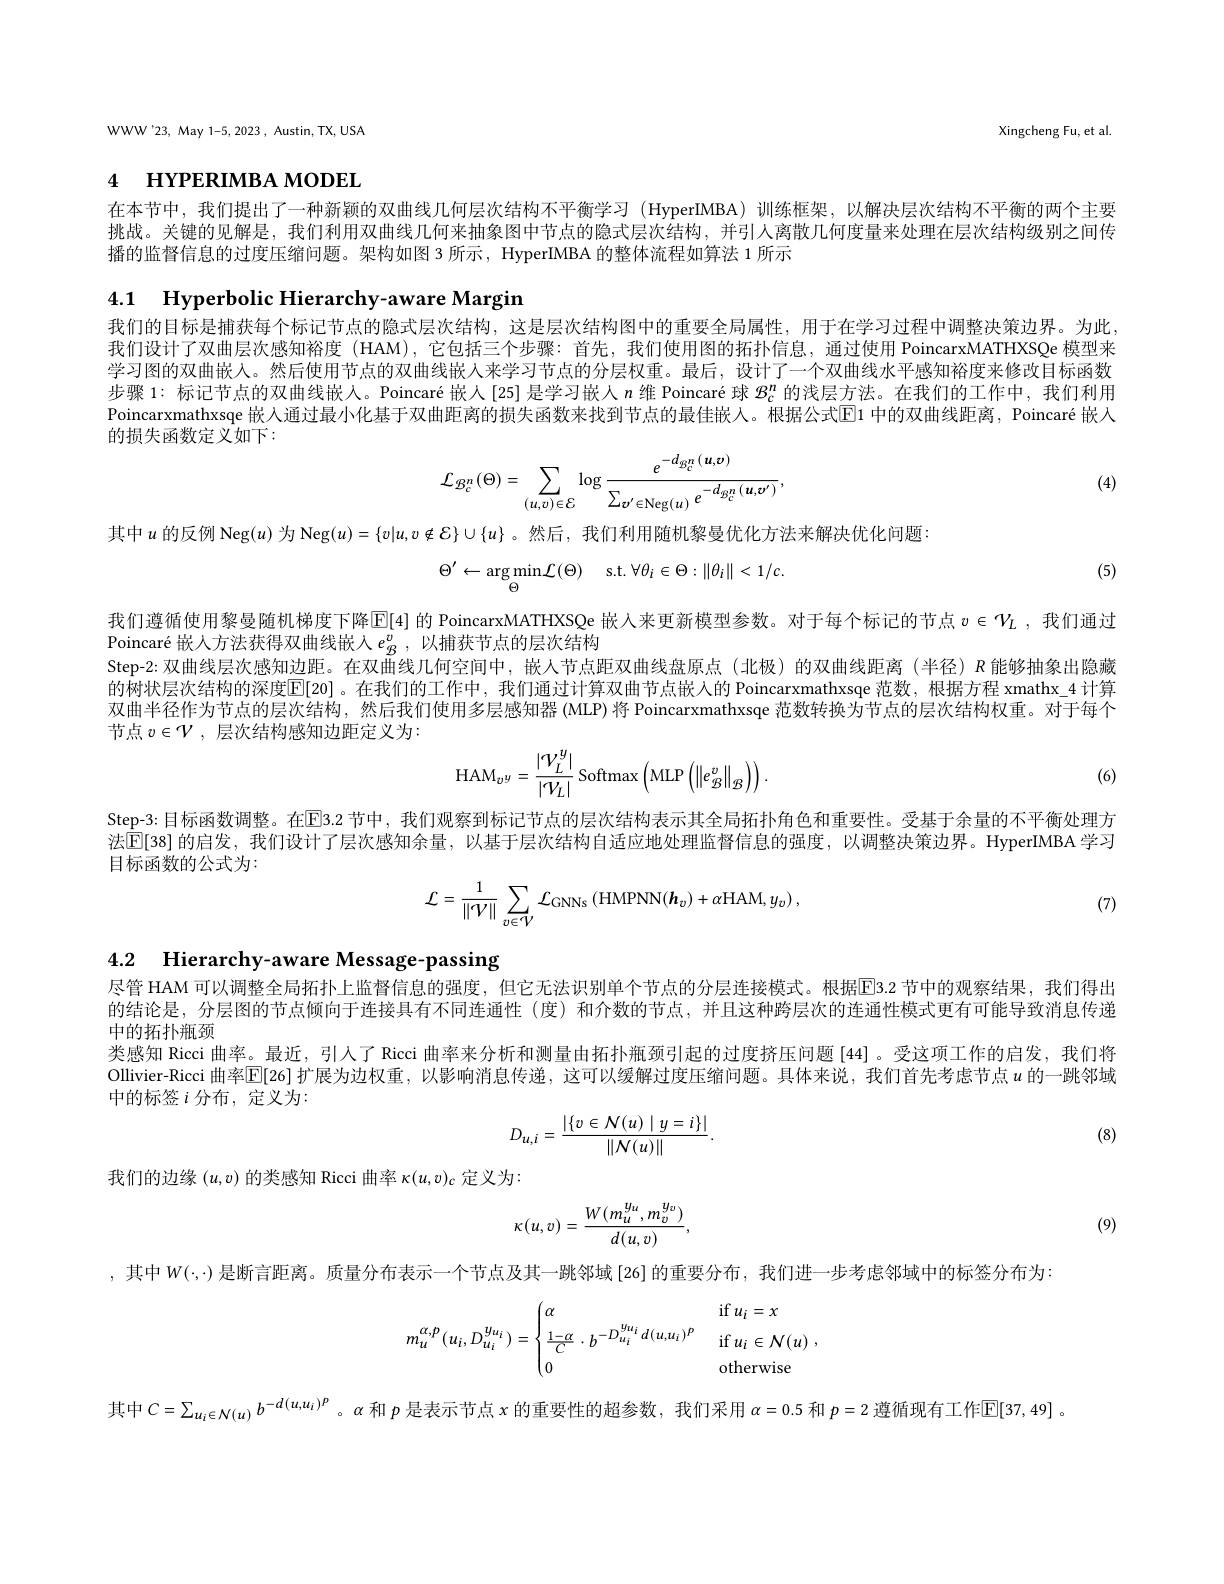
WWW'23, May 1-5, 2023, Austin, TX, USA

Xingcheng Fu, et al.

# 4 нүРЕRIМВА морЕL

在本节中，我们提出了一种新颖的双曲线几何层次结构不平衡学习(HyperIMBA)训练框架，以解决层次结构不平衡的两个主要挑战。关键的见解是，我们利用双曲线几何来抽象图中节点的隐式层次结构，并引人离散几何度量来处理在层次结构级别之间传播的监督信息的过度压缩问题。架构如图 3 所示，HyperIMBA 的整体流程如算法 1 所示

4.1 Hyperbolic Hierarchy-aware Margin

我们的目标是捕获每个标记节点的隐式层次结构，这是层次结构图中的重要全局属性，用于在学习过程中调整决策边界。为此我们设计了双曲层次感知裕度 (HAM),它包括三个步骤：首先，我们使用图的拓扑信息，通过使用 PoincarxMATHXSQe 模型来学习图的双曲嵌人。然后使用节点的双曲线嵌入来学习节点的分层权重。最后，设计了一个双曲线水平感知裕度来修改目标函数步骤 1: 标记节点的双曲线嵌人。Poincaré 嵌人[25] 是学习嵌人$n$维 Poincaré 球$\mathcal{B}_\mathrm{c}^n$的浅层方法。在我们的工作中，我们利用Poincarxmathxsqe 嵌人通过最小化基于双曲距离的损失函数来找到节点的最佳嵌人。根据公式[E]1 中的双曲线距离，Poincaré 嵌人的损失函数定义如下：
$$\mathcal{L}_{\mathcal{B}_{c}^{n}}(\Theta)=\sum_{(u,v)\in\mathcal{E}}\log\frac{e^{-d_{\mathcal{B}_{c}^{n}}(\boldsymbol{u},\boldsymbol{\upsilon})}}{\sum_{\boldsymbol{v}^{\prime}\in\mathrm{Neg}(u)}e^{-d_{\mathcal{B}_{c}^{n}}(\boldsymbol{u},\boldsymbol{\upsilon}^{\prime})}},$$
(4)

其中$u$ 的反例 Neg$(u)$ 为 Neg$(u)=\{v|u,v\notin\mathcal{E}\}\cup\{u\}$ 。然后，我们利用随机黎曼优化方法来解决优化问题：
$$\Theta^{\prime}\leftarrow\underset{\Theta}{\mathrm{arg}\operatorname*{min}}\mathcal{L}(\Theta)\quad\mathrm{s.t.}\:\forall\theta_{i}\in\Theta:\|\theta_{i}\|<1/c.$$
(5)

我们遵循使用黎曼随机梯度下降$\overline{\mathbb{E}}[4]$ 的 PoincarxMATHXSQe 嵌人来更新模型参数。对于每个标记的节点 $v\in\mathcal{V}_L$ ,我们通过
Poincaré 嵌人方法获得双曲线嵌人$e_B^v$,以捕获节点的层次结构
Step-2: 双曲线层次感知边距。在双曲线几何空间中，嵌人节点距双曲线盘原点(北极)的双曲线距离(半径)$R$能够抽象出隐藏的树状层次结构的深度$\mathbb{E}[20]$ 。在我们的工作中，我们通过计算双曲节点嵌人的 Poincarxmathxsqe 范数，根据方程 xmathx\_4 计算双曲半径作为节点的层次结构，然后我们使用多层感知器 (MLP)将 Poincarxmathxsqe 范数转换为节点的层次结构权重。对于每个节点$v\in\mathcal{V}$,层次结构感知边距定义为：
$$\mathrm{HAM}_{v^{y}}=\frac{|\mathcal{V}_{L}^{y}|}{|\mathcal{V}_{L}|}\:\mathrm{Softmax}\left(\mathrm{MLP}\left(\|e_{\mathcal{B}}^{v}\|_{\mathcal{B}}\right)\right).$$
(6)

Step-3:目标函数调整。在EB.2 节中，我们观察到标记节点的层次结构表示其全局拓扑角色和重要性。受基于余量的不平衡处理方法$\overline{\mathrm{E}}[38]$ 的启发，我们设计了层次感知余量，以基于层次结构自适应地处理监督信息的强度，以调整决策边界。HyperIMBA 学习目标函数的公式为：
$$\mathcal{L}=\frac{1}{\|\mathcal{V}\|}\sum_{v\in\mathcal{V}}\mathcal{L}_{\mathrm{GNNs}}\left(\mathrm{HMPNN}(\boldsymbol{h}_{v})+\alpha\mathrm{HAM},y_{v}\right),$$
(7)

4.2 Hierarchy-aware Message-passing

尽管 HAM 可以调整全局拓扑上监督信息的强度，但它无法识别单个节点的分层连接模式。根据$\overline{\mathrm{E}}$3.2 节中的观察结果，我们得出的结论是，分层图的节点倾向于连接具有不同连通性(度)和介数的节点，并且这种跨层次的连通性模式更有可能导致消息传递中的拓扑瓶颈
类感知 Ricci 曲率。最近，引人了 Ricci 曲率来分析和测量由拓扑瓶颈引起的过度挤压问题[44] 。受这项工作的启发，我们将Ollivier-Ricci 曲率$\mathbb{E}[26]$扩展为边权重，以影响消息传递，这可以缓解过度压缩问题。具体来说，我们首先考虑节点$u$的一跳邻域中的标签$i$分布，定义为：
$$D_{u,i}=\frac{|\{v\in\mathcal{N}(u)\mid y=i\}|}{\|\mathcal{N}(u)\|}.$$
(8)

我们的边缘$(u,v)$的类感知 Ricci 曲率$\kappa(u,v)_c$定义为：
$$\kappa(u,v)=\frac{W(m_u^{y_u},m_v^{y_v})}{d(u,v)},$$
(9)

,其中$W(\cdot,\cdot)$是断言距离。质量分布表示一个节点及其一跳邻域[26] 的重要分布，我们进一步考虑邻域中的标签分布为：
$$m_{u}^{\alpha,p}(u_{i},D_{u_{i}}^{y_{u_{i}}})=\begin{cases}\alpha&\mathrm{if}\:u_{i}=x\\\frac{1-\alpha}{C}\cdot b^{-D_{u_{i}}^{y_{u_{i}}}\:d(u,u_{i})^{p}}&\mathrm{if}\:u_{i}\in\mathcal{N}(u)\\0&\mathrm{otherwise}\end{cases},$$
其中$C=\sum_{u_i\in N(u)}b^{-d(u,u_i)^p}$。$\alpha$和$p$是表示节点$x$的重要性的超参数，我们采用$\alpha=0.5$和$p=2$遵循现有工作$\mathbb{E}[37,49]$ 。